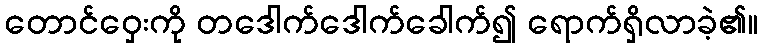
တောင်ဝှေးကို တဒေါက်ဒေါက်ခေါက်၍ ရောက်ရှိလာခဲ့၏။